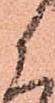
候